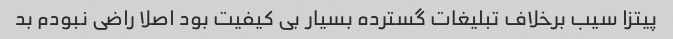
پیتزا سیب برخلاف تبلیغات گسترده بسیار بی کیفیت بود اصلا راضی نبودم بد